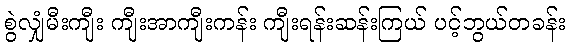
စွဲလျှံမီးကျီး ကျီးအာကျီးကန်း ကျီးရန်းဆန်းကြယ် ပင့်ဘွယ်တခန်း